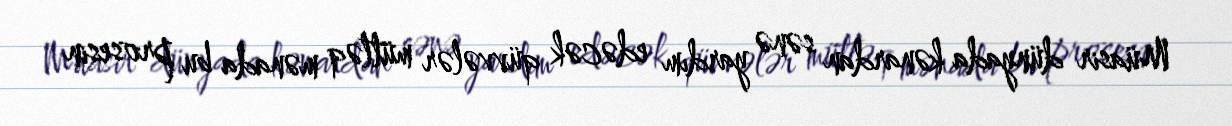
Müasir dünyada kənardan sənə yardım edəcək qüvvələr mütləq mənada bu prosesin